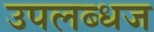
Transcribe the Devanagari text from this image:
उपलब्धज